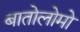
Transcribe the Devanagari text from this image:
बातोलोमो